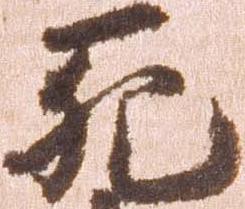
死